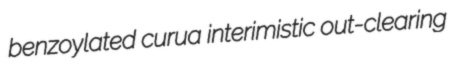
benzoylated curua interimistic out-clearing